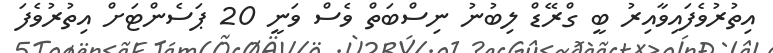
އިތުރުވެފައިވާއިރު ބީ ގްރޭޑް ލިބުނު ނިސްބަތް ވެސް ވަނީ 20 ޕަސެންޓަށް އިތުރުވެފަ